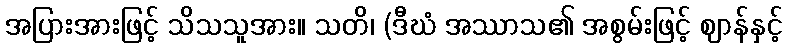
အပြားအားဖြင့် သိသသူအား။ သတိ၊ (ဒီဃံ အဿာသ၏ အစွမ်းဖြင့် ဈာန်နှင့်